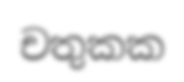
චතුකක